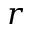
r